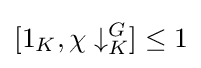
[1_{K},\chi \downarrow _{K}^{G}]\leq 1